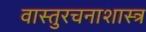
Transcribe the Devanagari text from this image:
वास्तुरचनाशास्त्र